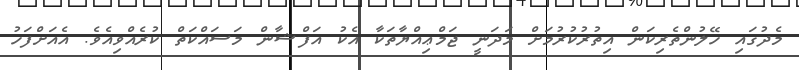
މެދުގައި ހޭލުންތެރިކަން އިތުރުކުރުމަށް މަދަނީ ޖަމްޢިއްޔާތަކާ އެކު އަފްޝާން މަސައްކަތް ކުރެއްވިއެވެ. އެއަށްފަހު